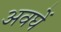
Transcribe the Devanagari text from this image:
अवघें